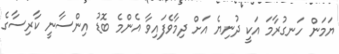
ޔަމަން ހަނގުރާމަ އަކީ ދުނިޔެ އަށް ދިމާވެފައިވާ އެންމެ ބޮޑު އިންސާނީ ކާރިސާގެ